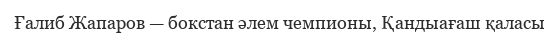
Ғалиб Жапаров — бокстан әлем чемпионы, Қандыағаш қаласы